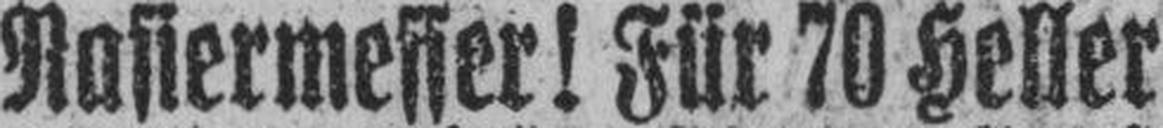
Rasiermesser! Für 70 Heller